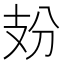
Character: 𢺺